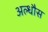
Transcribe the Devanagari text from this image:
अल्धौस